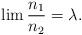
LaTeX: \begin{align*} \lim \frac{n_1}{n_2} = \lambda.\end{align*}